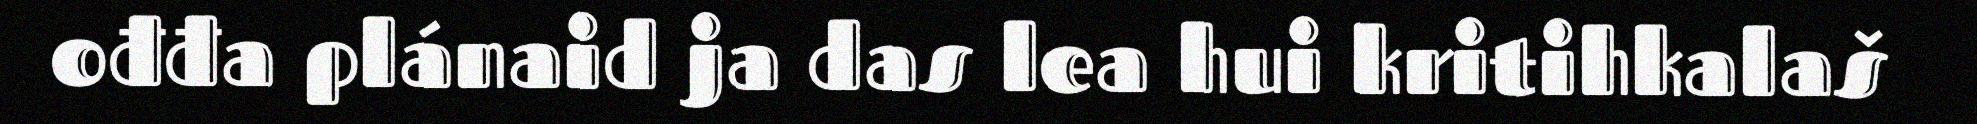
ođđa plánaid ja das lea hui kritihkalaš